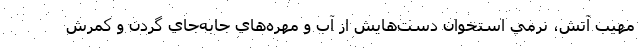
مهيب آتش، نرمي استخوان دست‌هايش از آب و مهره‌هاي جابه‌جاي گردن و كمرش